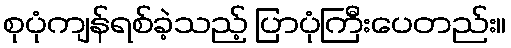
စုပုံကျန်ရစ်ခဲ့သည့် ပြာပုံကြီးပေတည်း။